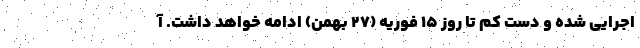
اجرایی شده و دست کم تا روز ۱۵ فوریه (۲۷ بهمن) ادامه خواهد داشت. آ